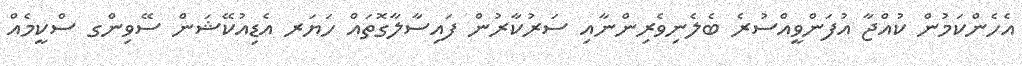
އެހެންކަމުން ކުއްޖާ އުފަންވީއްސުރެ ބެލެނިވެރިންނާއި ސަރުކާރުން ފައިސާލާގޮތައް ހަޔަރ އެޑިއުކޭޝަން ސޭވިންގ ސްކީމެއް